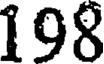
198